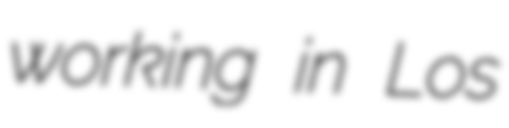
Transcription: working in Los